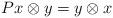
LaTeX: \begin{align*} P x \otimes y = y \otimes x\end{align*}